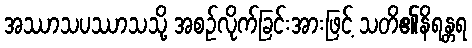
အဿာသပဿာသသို့ အစဉ်လိုက်ခြင်းအားဖြင့် သတိ၏နိရန္တရ